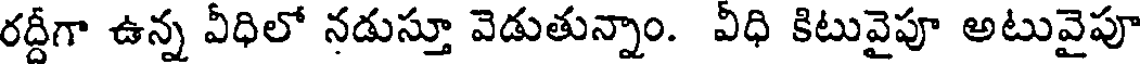
రద్దీగా ఉన్న వీధిలో నడుస్తూ వెడుతున్నాం. వీధి కిటువైపూ అటువైపూ